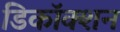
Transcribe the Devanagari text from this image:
डिकॉक्शन